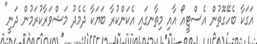
އަގަކާ ބެހޭގޮތުން އެސްޓީއޯ އާއި މިތާނގައި އެކަންކުރާ ބަޔަކާ ދެމެދު މަޝްވަރާކުރަމުން ދަނީ"